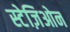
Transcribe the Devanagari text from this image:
स्टेज़िओन